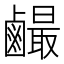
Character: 䴝